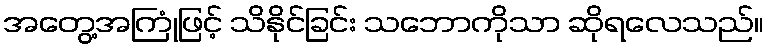
အတွေ့အကြုံဖြင့် သိနိုင်ခြင်း သဘောကိုသာ ဆိုရလေသည်။